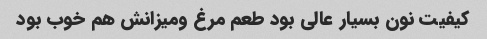
کیفیت نون بسیار عالی بود طعم مرغ ومیزانش هم خوب بود